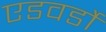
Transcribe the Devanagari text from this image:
एडवर्डो